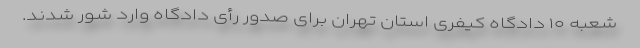
شعبه ۱۰ دادگاه کیفری استان تهران برای صدور رأی دادگاه وارد شور شدند.